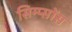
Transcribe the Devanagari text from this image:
सिम्प्सोंस